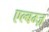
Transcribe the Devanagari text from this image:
एल्बम्ज़